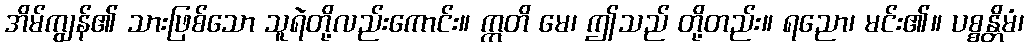
အိမ်ကျွန်၏ သားဖြစ်သော သူရဲတို့လည်းကောင်း။ ဣတိ မေ၊ ဤသည် တို့တည်း။ ရညော၊ မင်း၏။ ပစ္စန္တိမံ၊